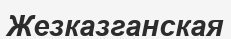
Жезказганская